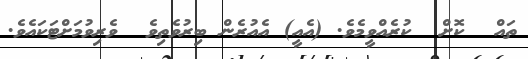
ތައް  ކޮށް  ކުރެއްވީމެވެ. (އެއީ) އެއުރެން ބިރުވެތިވެ  ވެރިވުމަށްޓަކައެވެ.